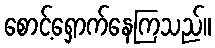
စောင့်ရှောက်နေကြသည်။